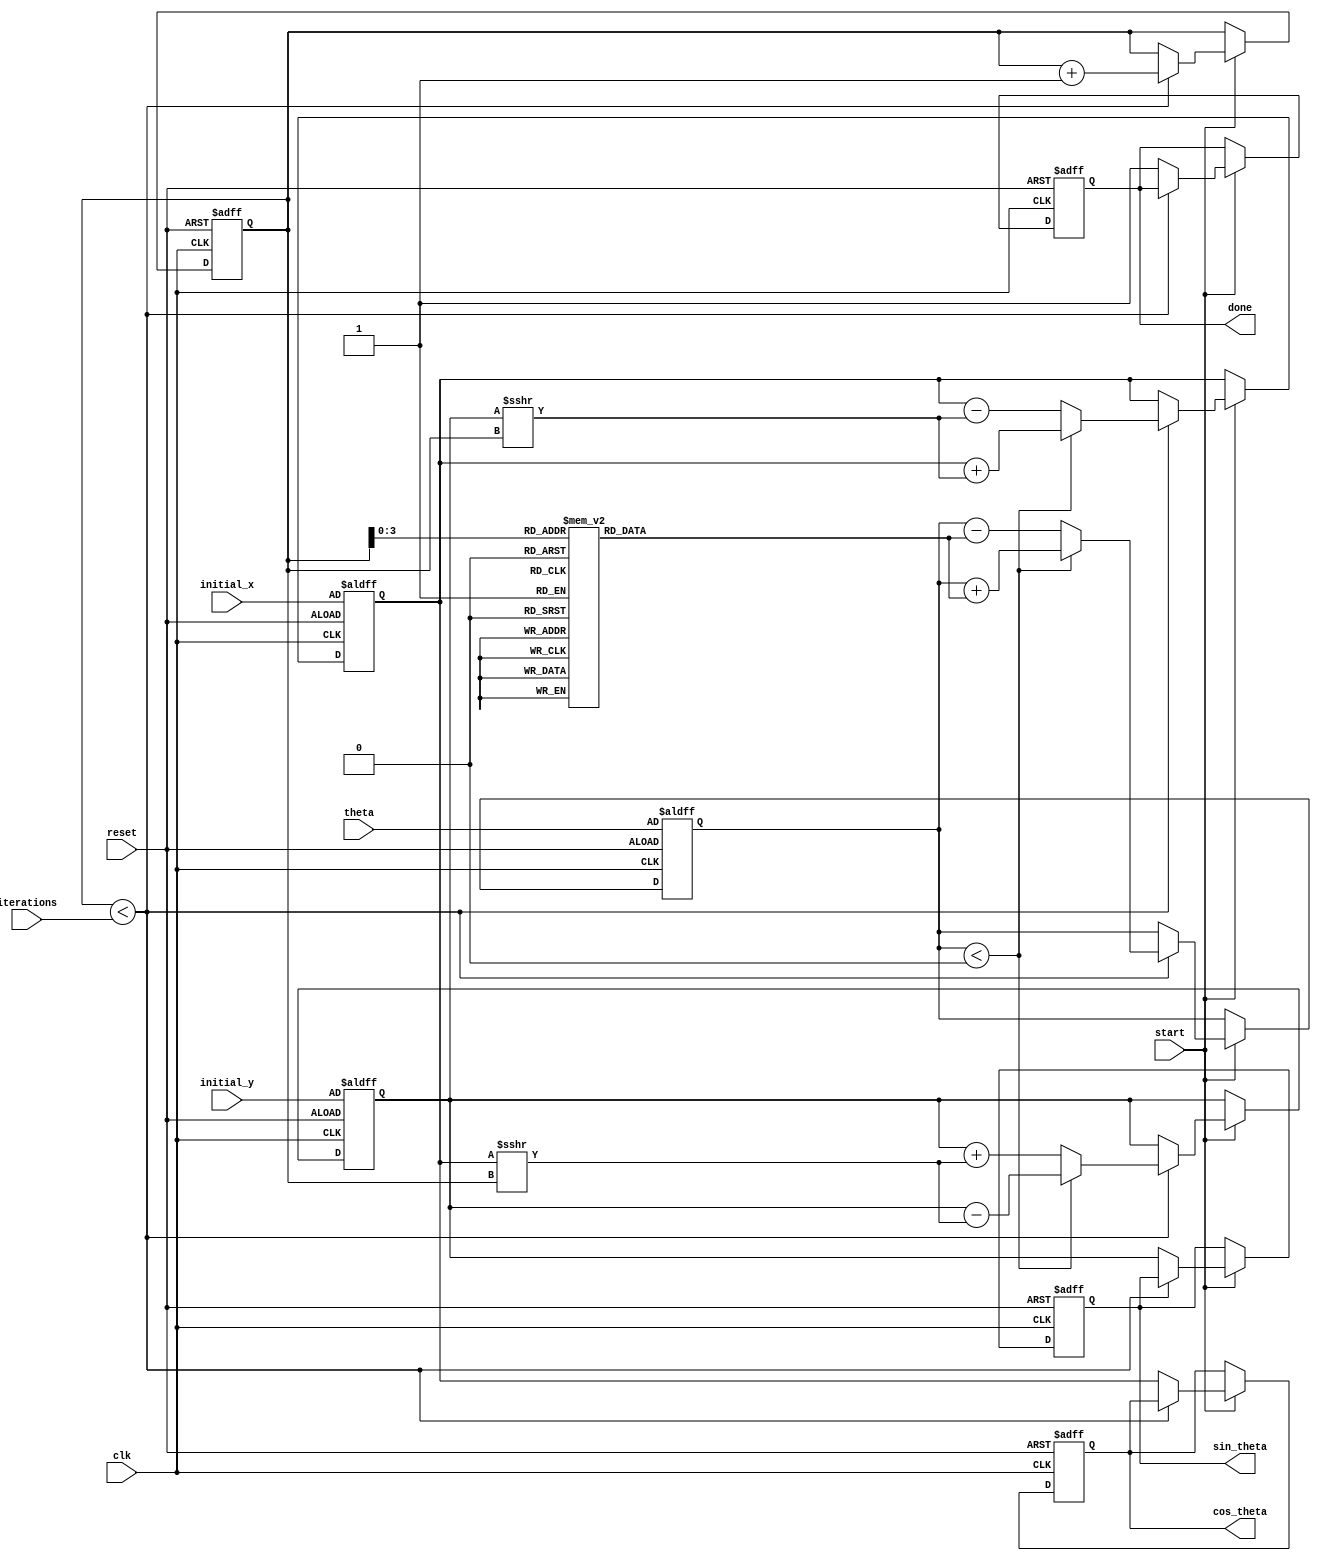
module cordic (
    input wire clk,
    input wire reset,
    input wire start,
    input wire [31:0] theta,         // Input angle in radians (fixed-point)
    input wire [31:0] initial_x,     // Initial x-coordinate
    input wire [31:0] initial_y,     // Initial y-coordinate
    input wire [4:0] iterations,      // Number of iterations
    output reg [31:0] cos_theta,      // Cosine output
    output reg [31:0] sin_theta,      // Sine output
    output reg done                   // Done signal
);

    // CORDIC parameters
    parameter NUM_ITERATIONS = 16; // Number of iterations for CORDIC
    reg [31:0] x, y, z;              // x, y, and z (angle) registers
    reg [4:0] count;                 // Iteration counter
    reg [31:0] atan_lut [0:NUM_ITERATIONS-1]; // Lookup table for arctangent values

    // Initialize the arctangent lookup table
    initial begin
        atan_lut[0] = 32'h00000000; // atan(0) = 0
        atan_lut[1] = 32'h3F19999A; // atan(1) = pi/4
        atan_lut[2] = 32'h3E4CCCCD; // atan(0.5) = pi/6
        atan_lut[3] = 32'h3DCCCCCD; // atan(0.3333) = pi/12
        // Add more values as needed for higher precision
        // ...
    end

    // State machine for CORDIC operation
    always @(posedge clk or posedge reset) begin
        if (reset) begin
            x <= initial_x;
            y <= initial_y;
            z <= theta;
            count <= 0;
            done <= 0;
            cos_theta <= 0;
            sin_theta <= 0;
        end else if (start) begin
            if (count < iterations) begin
                // CORDIC rotation logic
                if (z < 0) begin
                    // Rotate clockwise
                    x <= x + (y >>> count);
                    y <= y - (x >>> count);
                    z <= z + atan_lut[count];
                end else begin
                    // Rotate counter-clockwise
                    x <= x - (y >>> count);
                    y <= y + (x >>> count);
                    z <= z - atan_lut[count];
                end
                count <= count + 1;
            end else begin
                // Finished iterations
                cos_theta <= x;
                sin_theta <= y;
                done <= 1;
            end
        end
    end

endmodule